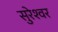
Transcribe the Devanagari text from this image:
सुरेश्‍वर